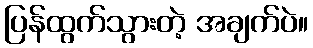
ပြန်ထွက်သွားတဲ့ အချက်ပဲ။